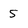
Character: 5